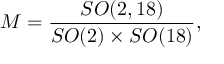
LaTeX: { \cal M } = { \frac { S O ( 2 , 1 8 ) } { S O ( 2 ) \times S O ( 1 8 ) } } ,